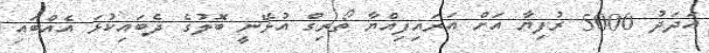
އަދަދު 5000 ރުފިޔާ އަށް އަރައިފިއްޔާ ތޯރިގް އުޅޭނީ ބޮލުގެ ދެބައިކުޅަ އެއްބައި